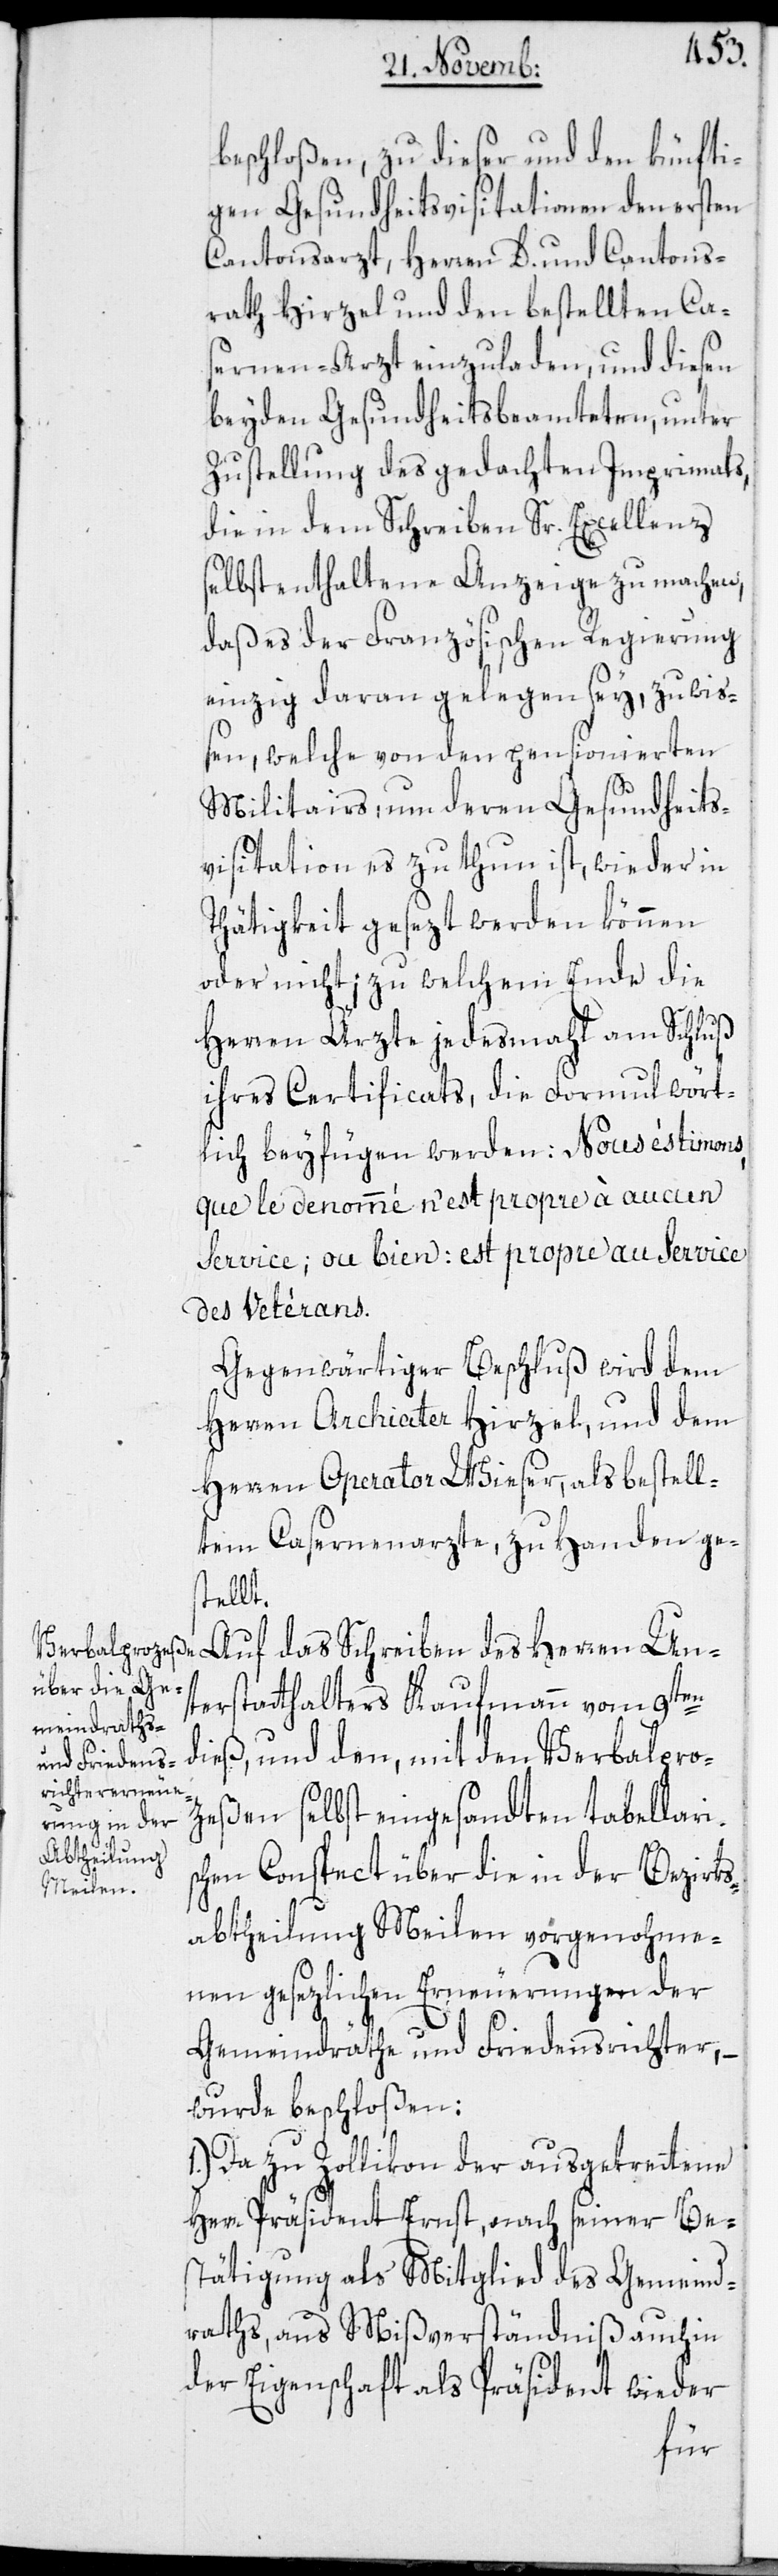
beschloßen, zu dieser und den künfti¬
gen Gesundheitsvisitationen den ersten
Cantonsarzt, Herren D. und Cantons¬
rath Hirzel und den bestellten Ca¬
sernen-Arzt einzuladen, und diesen
beyden Gesundheitsbeamteten, unter
Zustellung des gedachten Imprimats,
die in dem Schreiben Sr. Excellenz
selbst enthaltene Anzeige zu machen,
daß es der Französischen Regierung
einzig daran gelegen sey, zu wiß¬
en, welche von den pensionierten
Militairs, um deren Gesundheits¬
visitation es zu thun ist, wieder in
Thätigkeit gesezt werden können
oder nicht; zu welchem Ende die
Herren Ärzte jedesmahl am Schluß
ihres Certificats, die Formul wört¬
lich beyfügen werden: Nous éstimons,
que le denommé n’est propre à aucun
service; ou bien: est propre au service
des Herren Un¬
Gegenwärtiger Beschluß wird dem
Herren Archiater Hirzel, und dem
Herren Operator Wieser, als bestell¬
tem Casernenarzte, zu Handen ges¬
tellt.
terstatthalters Kaufmann vom 9ten
dieß, und den, mit den Verbalpro¬
zeßen selbst eingesandten tabellari¬
s¬
chen Conspect über die in der Bezirks¬
abtheilung Meilen vorgenohme¬
nen gesezlichen Erneuerungen der
Gemeindräthe und Friedensichter, –
wurde beschloßen:
1.) Da zu Zollikon der ausgetrettene
Herr Präsident Ernst, nach seiner Be¬
stätigung als Mitglied des Gemeind¬
raths, aus Mißverständniß auch in
der Eigenschaft als Präsident wieder